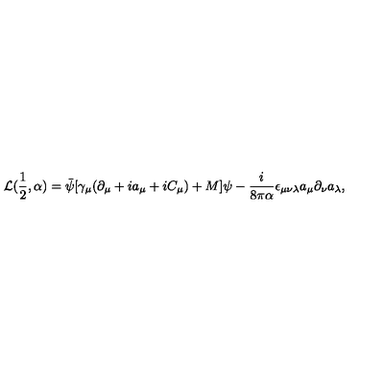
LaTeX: { \cal L } ( \frac { 1 } { 2 } , \alpha ) = \bar { \psi } [ \gamma _ { \mu } ( \partial _ { \mu } + i a _ { \mu } + i C _ { \mu } ) + M ] \psi - \frac { i } { 8 \pi \alpha } \epsilon _ { \mu \nu \lambda } a _ { \mu } \partial _ { \nu } a _ { \lambda } ,